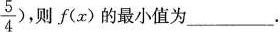
\frac{5}{4})$$，则f(x)的最小值为___.